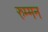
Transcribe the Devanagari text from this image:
रुम्मन